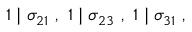
1 \mid \sigma _ { 2 1 } ~ , ~ 1 \mid \sigma _ { 2 3 } ~ , ~ 1 \mid \sigma _ { 3 1 } ~ ,